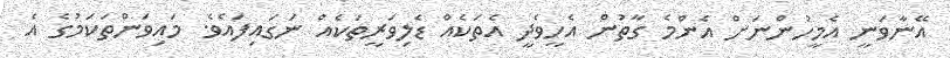
އޭނާވަނީ އެމީހުންނަށް އެންމެ ގާތުން އެހީވެދީ އެތަކެއް ޑެލިވަރީތަކެއް ނަގައިފައެވެ. މައިވަންތަކަމުގެ އެ